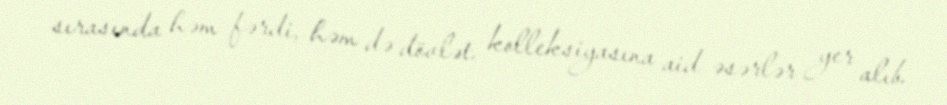
sırasında həm fərdi, həm də dövlət kolleksiyasına aid əsərlər yer alıb.